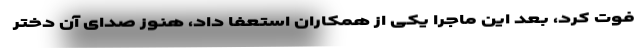
فوت کرد، بعد این ماجرا یکی از همکاران استعفا داد، هنوز صدای آن دختر